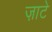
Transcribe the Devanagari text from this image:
ज़ाटे